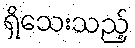
ရှိသေးသည့်